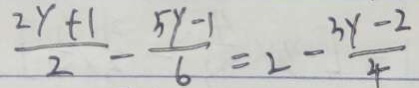
\frac { 2 y + 1 } { 2 } - \frac { 5 y - 1 } { 6 } = 2 - \frac { 3 y - 2 } { 4 }